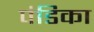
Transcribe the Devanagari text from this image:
पंडिका